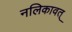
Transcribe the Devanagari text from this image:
नलिकावत्‌